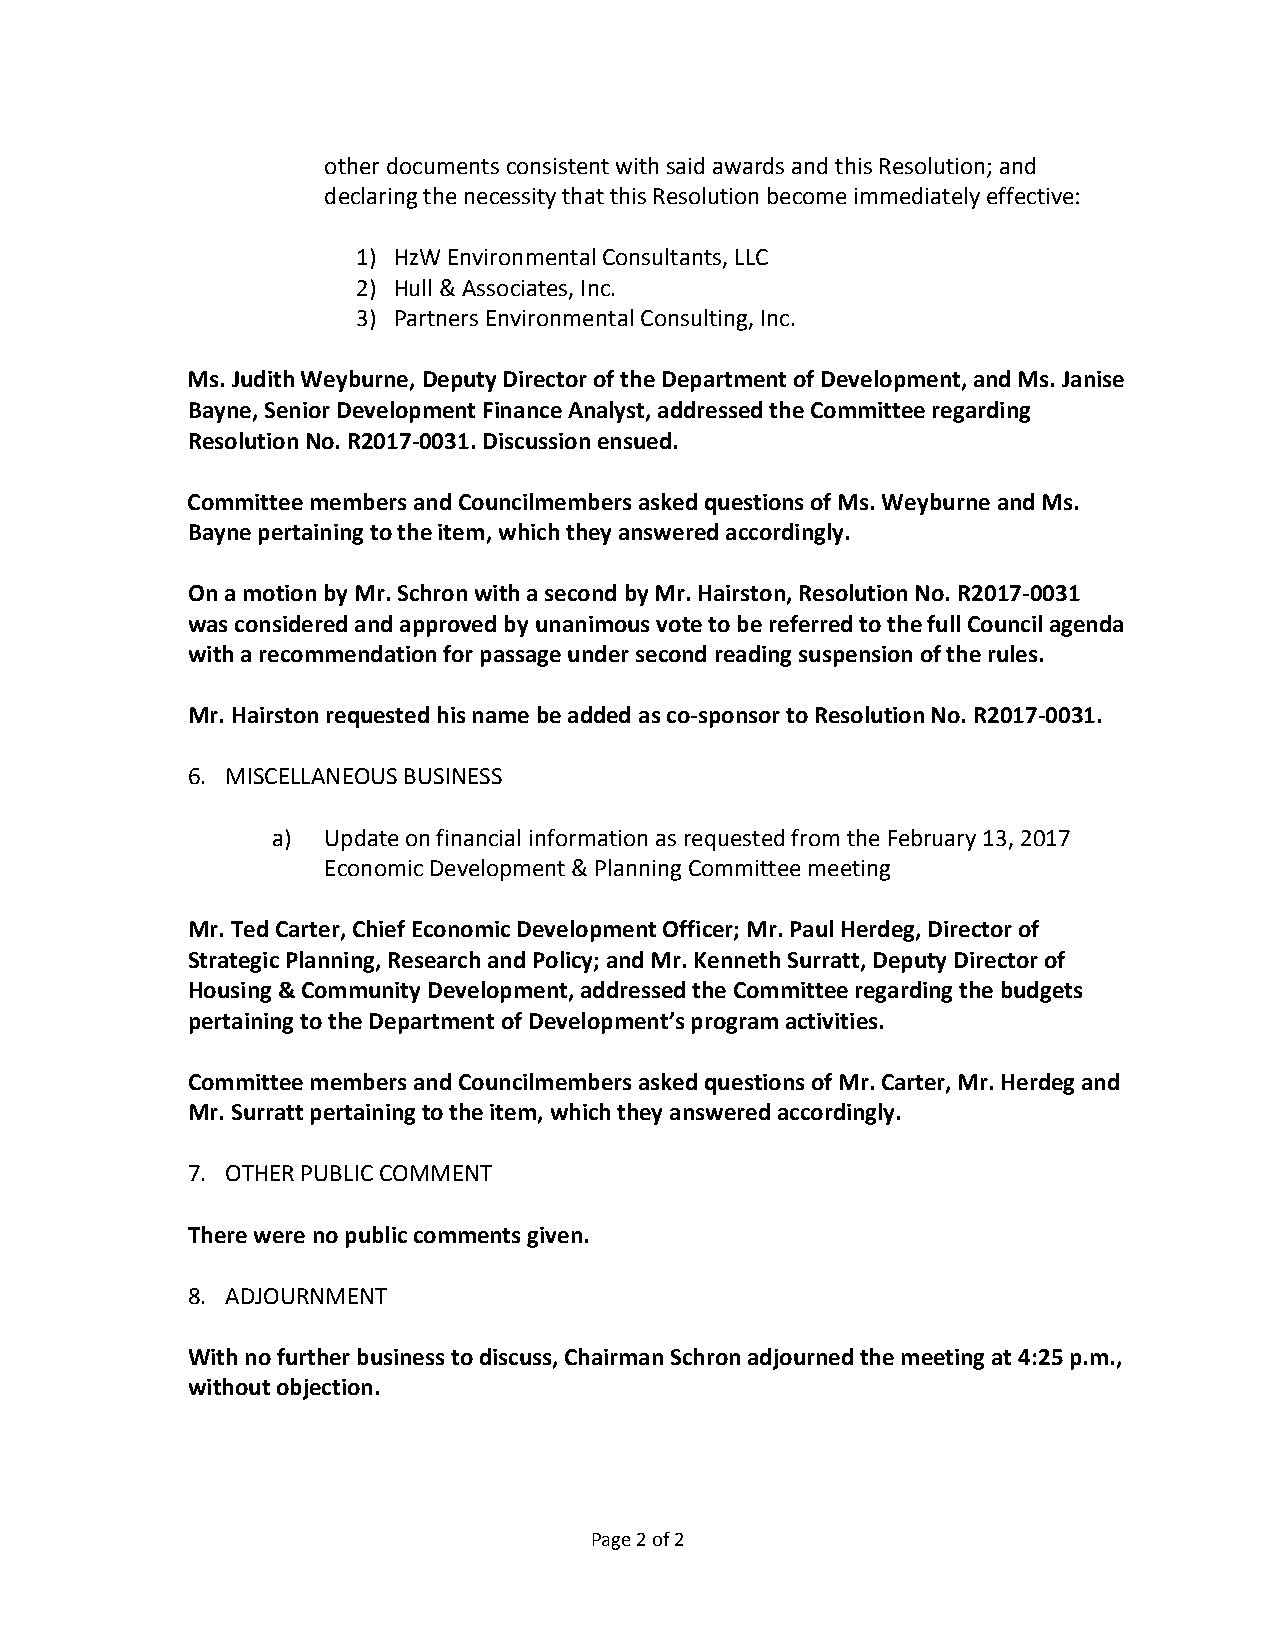
other documents consistent with said awards and this Resolution; and
 declaring the necessity that this Resolution become immediately effective:
 1) HzW Environmental Consultants, LLC
 2) Hull & Associates, Inc.
 3) Partners Environmental Consulting, Inc.
 Ms. Judith Weyburne, Deputy Director of the Department of Development, and Ms. Janise
 Bayne, Senior Development Finance Analyst, addressed the Committee regarding
 Resolution No. R2017-0031. Discussion ensued.
 Committee members and Councilmembers asked questions of Ms. Weyburne and Ms.
 Bayne pertaining to the item, which they answered accordingly.
 On a motion by Mr. Schron with a second by Mr. Hairston, Resolution No. R2017-0031
 was considered and approved by unanimous vote to be referred to the full Council agenda
 with a recommendation for passage under second reading suspension of the rules.
 Mr. Hairston requested his name be added as co-sponsor to Resolution No. R2017-0031.
 6. MISCELLANEOUS BUSINESS
 a) Update on financial information as requested from the February 13, 2017
 Economic Development & Planning Committee meeting
 Mr. Ted Carter, Chief Economic Development Officer; Mr. Paul Herdeg, Director of
 Strategic Planning, Research and Policy; and Mr. Kenneth Surratt, Deputy Director of
 Housing & Community Development, addressed the Committee regarding the budgets
 pertaining to the Department of Development’s program activities.
 Committee members and Councilmembers asked questions of Mr. Carter, Mr. Herdeg and
 Mr. Surratt pertaining to the item, which they answered accordingly.
 7. OTHER PUBLIC COMMENT
 There were no public comments given.
 8. ADJOURNMENT
 With no further business to discuss, Chairman Schron adjourned the meeting at 4:25 p.m.,
 without objection.
 Page 2 of 2